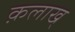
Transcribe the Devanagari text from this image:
क़लाख्‌